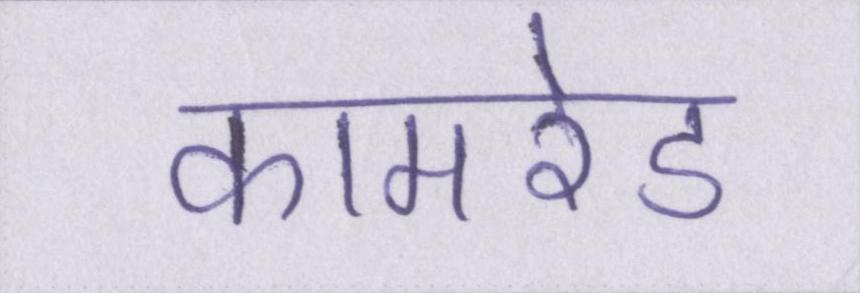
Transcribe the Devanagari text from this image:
कामरेड